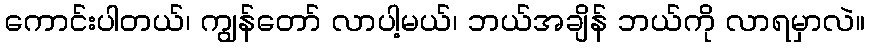
ကောင်းပါတယ်၊ ကျွန်တော် လာပါ့မယ်၊ ဘယ်အချိန် ဘယ်ကို လာရမှာလဲ။